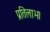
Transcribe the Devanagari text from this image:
प्रतिलाभ।